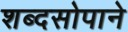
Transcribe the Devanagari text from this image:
शब्दसोपाने